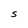
Character: S